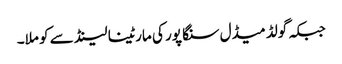
جبکہ گولڈ میڈل سنگا پور کی مارٹینا لینڈ سے کو ملا۔